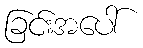
ခြင်းအပေါ်